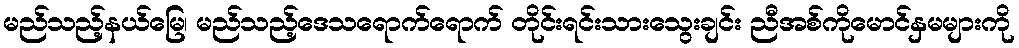
မည်သည့်နယ်မြေ၊ မည်သည့်ဒေသရောက်ရောက် တိုင်းရင်းသားသွေးချင်း ညီအစ်ကိုမောင်နှမများကို